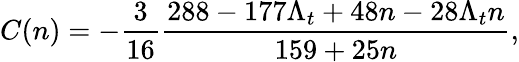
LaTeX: C(n)=-\frac{3}{16}\frac{288-177\Lambda_{t}+48n-28\Lambda_{t}n}{159+25n},